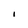
Character: I